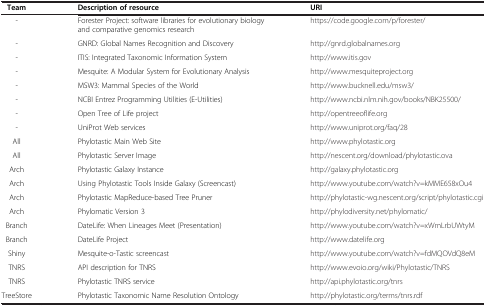
<table><thead><tr><td><b>Team</b></td><td><b>Description of resource</b></td><td><b>URI</b></td></tr></thead><tbody><tr><td>-</td><td>Forester Project: software libraries for evolutionary biology and comparative genomics research</td><td>https://code.google.com/p/forester/</td></tr><tr><td>-</td><td>GNRD: Global Names Recognition and Discovery</td><td>http://gnrd.globalnames.org</td></tr><tr><td>-</td><td>ITIS: Integrated Taxonomic Information System</td><td>http://www.itis.gov</td></tr><tr><td>-</td><td>Mesquite: A Modular System for Evolutionary Analysis</td><td>http://www.mesquiteproject.org</td></tr><tr><td>-</td><td>MSW3: Mammal Species of the World</td><td>http://www.bucknell.edu/msw3/</td></tr><tr><td>-</td><td>NCBI Entrez Programming Utilities (E-Utilities)</td><td>http://www.ncbi.nlm.nih.gov/books/NBK25500/</td></tr><tr><td>-</td><td>Open Tree of Life project</td><td>http://opentreeoflife.org</td></tr><tr><td>-</td><td>UniProt Web services</td><td>http://www.uniprot.org/faq/28</td></tr><tr><td>All</td><td>Phylotastic Main Web Site</td><td>http://www.phylotastic.org</td></tr><tr><td>All</td><td>Phylotastic Server Image</td><td>http://nescent.org/download/phylotastic.ova</td></tr><tr><td>Arch</td><td>Phylotastic Galaxy Instance</td><td>http://galaxy.phylotastic.org</td></tr><tr><td>Arch</td><td>Using Phylotastic Tools Inside Galaxy (Screencast)</td><td>http://www.youtube.com/watch?v=kMME658xOu4</td></tr><tr><td>Arch</td><td>Phylotastic MapReduce-based Tree Pruner</td><td>http://phylotastic-wg.nescent.org/script/phylotastic.cgi</td></tr><tr><td>Arch</td><td>Phylomatic Version 3</td><td>http://phylodiversity.net/phylomatic/</td></tr><tr><td>Branch</td><td>DateLife: When Lineages Meet (Presentation)</td><td>http://www.youtube.com/watch?v=xWmLrbUWtyM</td></tr><tr><td>Branch</td><td>DateLife Project</td><td>http://www.datelife.org</td></tr><tr><td>Shiny</td><td>Mesquite-o-Tastic screencast</td><td>http://www.youtube.com/watch?v=fdMQOVdQ8eM</td></tr><tr><td>TNRS</td><td>API description for TNRS</td><td>http://www.evoio.org/wiki/Phylotastic/TNRS</td></tr><tr><td>TNRS</td><td>Phylotastic TNRS service</td><td>http://api.phylotastic.org/tnrs</td></tr><tr><td>TreeStore</td><td>Phylotastic Taxonomic Name Resolution Ontology</td><td>http://phylotastic.org/terms/tnrs.rdf</td></tr></tbody></table>